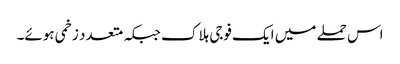
اس حملے میں ایک فوجی ہلاک جبکہ متعدد زخمی ہوئے۔